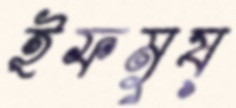
ইফমুষ্